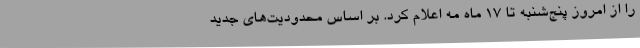
را از امروز پنج‌شنبه تا ۱۷ ماه مه اعلام کرد. بر اساس محدودیت‌های جدید